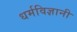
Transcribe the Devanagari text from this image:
धर्मविज्ञानी